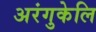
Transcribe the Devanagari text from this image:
अरंगुकेलि